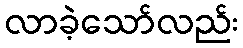
လာခဲ့သော်လည်း